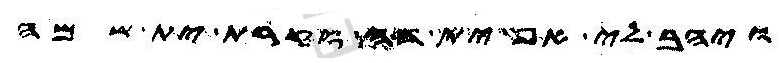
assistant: ויהב לי אף ית דה וקרת ית שמה